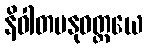
နိဝါတမနုဝတ္တယေ